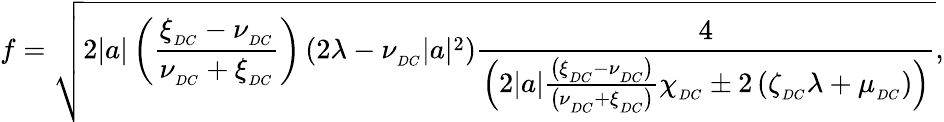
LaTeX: f=\sqrt{2|a|\left(\frac{\xi_{_{DC}}-\nu_{_{DC}}}{\nu_{_{DC}}+\xi_{_{DC}}}\right)\left(2\lambda-\nu_{_{DC}}|a|^{2}\right)\frac{4}{\left(2|a|\frac{\left(\xi_{_{DC}}-\nu_{_{DC}}\right)}{\left(\nu_{_{DC}}+\xi_{_{DC}}\right)}\chi_{_{DC}}\pm 2\left(\zeta_{_{DC}}\lambda+\mu_{_{DC}}\right)\right)}},